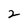
Character: 2